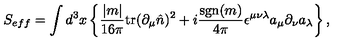
S _ { e f f } = \int d ^ { 3 } x \left\{ \frac { | m | } { 1 6 \pi } \mathrm { t r } ( \partial _ { \mu } \hat { n } ) ^ { 2 } + i \frac { \mathrm { s g n } ( m ) } { 4 \pi } \epsilon ^ { \mu \nu \lambda } a _ { \mu } \partial _ { \nu } a _ { \lambda } \right\} ,